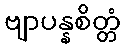
ဗျာပန္နစိတ္တံ